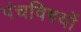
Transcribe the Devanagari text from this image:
पंचविषयों